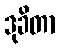
ဒုခိတာ